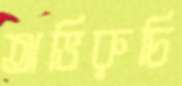
অভিরুচি